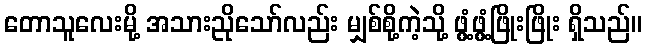
တောသူလေးမို့ အသားညိုသော်လည်း မျှစ်စို့ကဲ့သို့ ဖွံ့ဖွံ့ဖြိုးဖြိုး ရှိသည်။